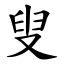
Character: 叟